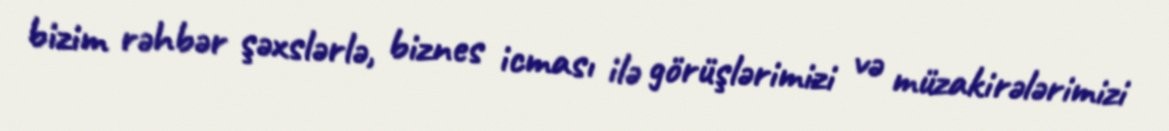
bizim rəhbər şəxslərlə, biznes icması ilə görüşlərimizi və müzakirələrimizi